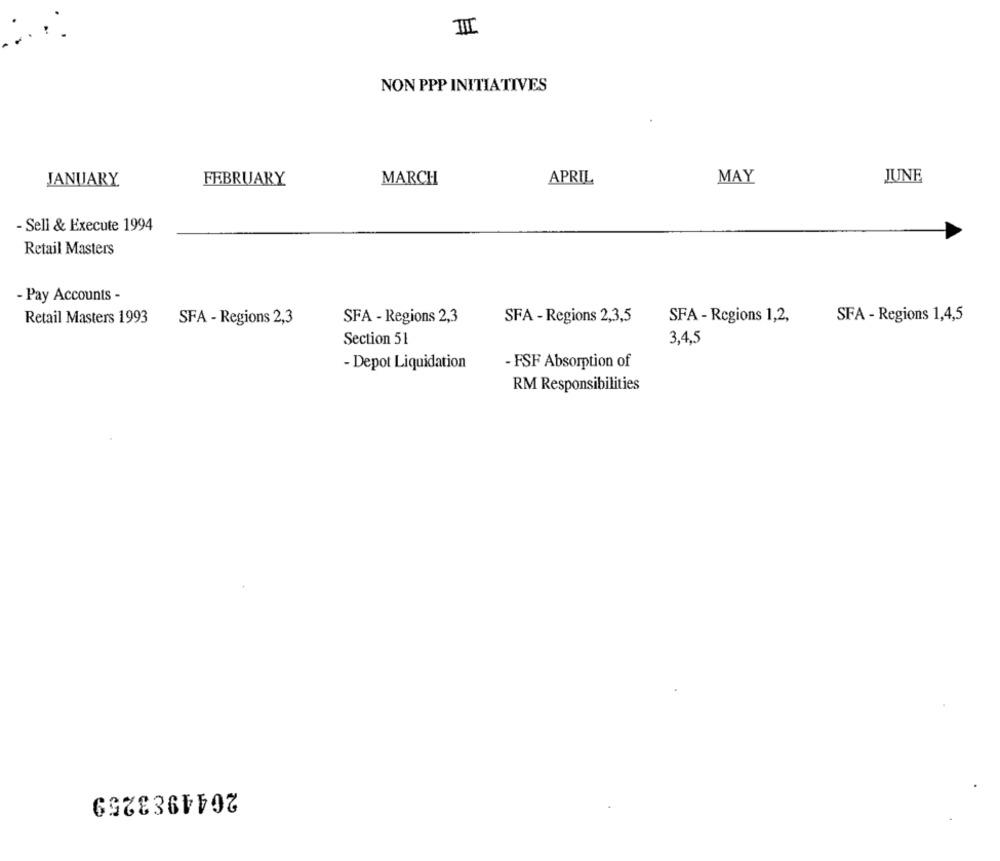
III
NON PPP INITIATIVES
FEBRUARY
MARCH
APRIL
MAY
JUNE
JANUARY
- Sell & Execute 1994
Retail Masters
- Pay Accounts -
Retail Masters 1993
SFA - Regions 2,3
SFA - Regions 2,3,5
SFA - Regions 1,2,
SFA - Regions 1,4,5
SFA - Regions 2,3
Section 51
3,4,5
- Depot Liquidation
- FSF Absorption of
RM Responsibilities
2044983259